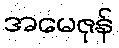
အမေဇုန်